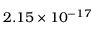
2 . 1 5 \times 1 0 ^ { - 1 7 }